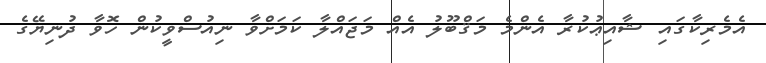
އެމެރިކާގައި ޝާއިޢުކުރާ އެންމެ މަޤްބޫލު އެއް މަޖައްލާ ކަމަށްވާ ނިއުސްވީކުން ހޮވާ ދުނިޔޭގެ